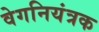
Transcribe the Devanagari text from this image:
वेगनियंत्रक